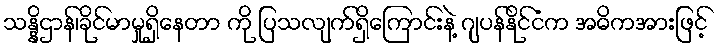
သန္နိဌာန်၊ခိုင်မာမှုရှိနေတာ ကို ပြသလျက်ရှိကြောင်းနဲ့ ဂျပန်နိုင်ငံက အဓိကအားဖြင့်